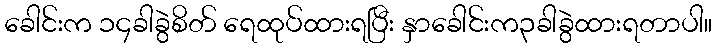
ခေါင်းက ၁၄ခါခွဲစိတ် ရေထုပ်ထားရပြီး နှာခေါင်းက၃ခါခွဲထားရတာပါ။